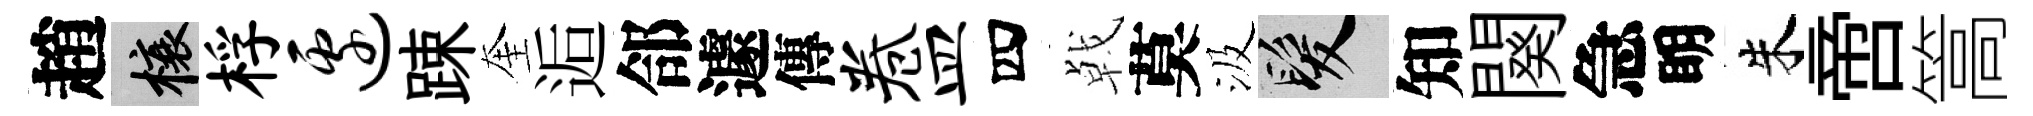
趙榱桴边踈奎逅郃遽傳卷皿四㦸莫汲髮知闋急眀朱啻篙